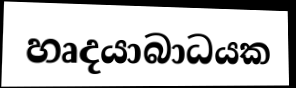
හෘදයාබාධයක